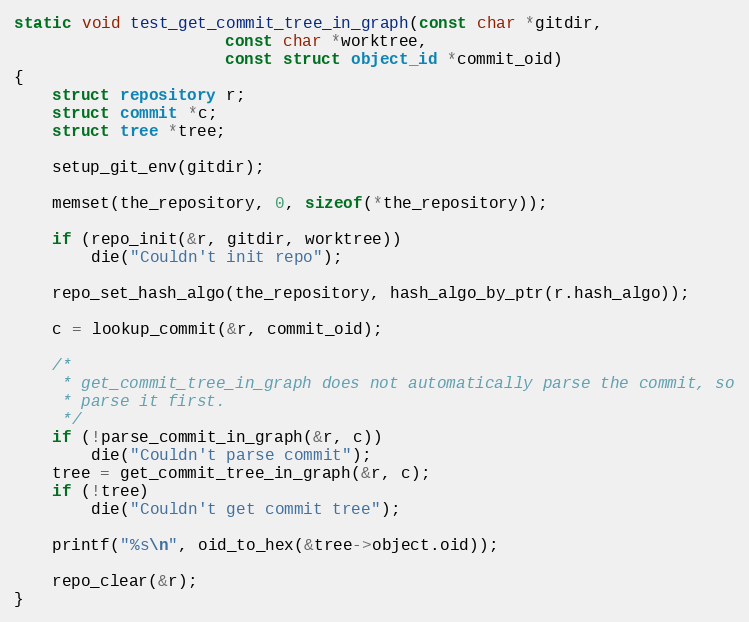
Language: C
static void test_get_commit_tree_in_graph(const char *gitdir,
					  const char *worktree,
					  const struct object_id *commit_oid)
{
	struct repository r;
	struct commit *c;
	struct tree *tree;

	setup_git_env(gitdir);

	memset(the_repository, 0, sizeof(*the_repository));

	if (repo_init(&r, gitdir, worktree))
		die("Couldn't init repo");

	repo_set_hash_algo(the_repository, hash_algo_by_ptr(r.hash_algo));

	c = lookup_commit(&r, commit_oid);

	/*
	 * get_commit_tree_in_graph does not automatically parse the commit, so
	 * parse it first.
	 */
	if (!parse_commit_in_graph(&r, c))
		die("Couldn't parse commit");
	tree = get_commit_tree_in_graph(&r, c);
	if (!tree)
		die("Couldn't get commit tree");

	printf("%s\n", oid_to_hex(&tree->object.oid));

	repo_clear(&r);
}